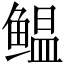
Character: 鳁